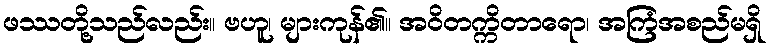
ဖဿတို့သည်လည်း။ ဗဟူ၊ များကုန်၏။ အဝိတက္ကိတာရော၊ အကြံအစည်မရှိ